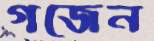
গজেন